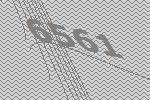
6561